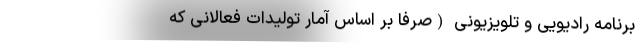
برنامه رادیویی و تلویزیونی (صرفاً بر اساس آمار تولیدات فعالانی که